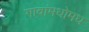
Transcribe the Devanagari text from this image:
गावांमधोमध